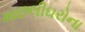
માછલીઘરોના